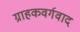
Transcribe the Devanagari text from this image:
ग्राहकवर्गवाद